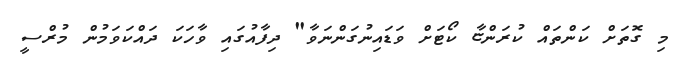
މި ގޮތަށް ކަންތައް ކުރަންޏާ ކޯޓަށް ވަޑައިނުގަންނަވާ" ދިފާއުގައި ވާހަކަ ދައްކަވަމުން މުރްސީ